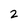
Character: 2